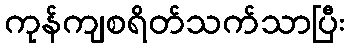
ကုန်ကျစရိတ်သက်သာပြီး